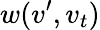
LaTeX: w(v^{\prime},v_{t})